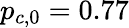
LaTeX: p_{c,0}=0.77